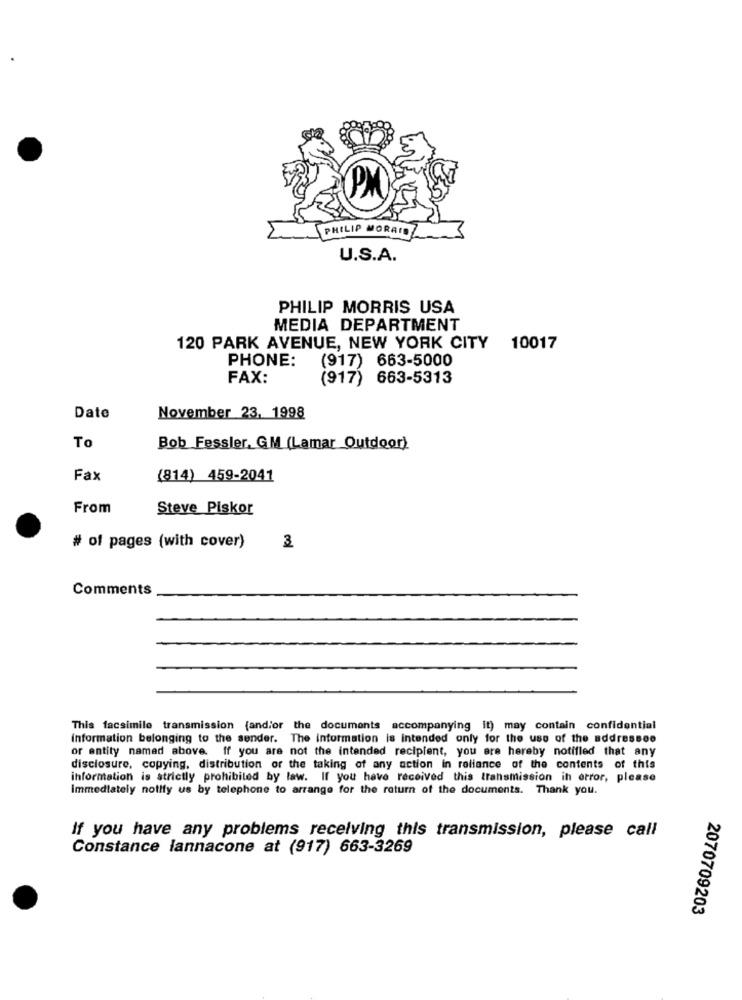
PM
PHILIP MORATO
U.S.A.
PHILIP MORRIS USA
MEDIA DEPARTMENT
120 PARK AVENUE, NEW YORK CITY
10017
PHONE:
(917) 663-5000
FAX:
(917) 663-5313
Date
November 23. 1998
To
Bob Fessler, GM (Lamar Outdoor)
Fax
(814) 459-2041
From
Steve Piskor
# of pages (with cover)
3
Comments
This facsimile transmission (and/or the documents accompanying it) may contain confidential
information belonging to the sender. The information is intended only for the use of the addressee
or entity named above. if you are not the intended recipient, you are hereby notified that any
disclosure, copying, distribution or the taking of any action in reliance of the contents of this
information is strictly prohibited by law. If you have received this transmission in error, please
Immediately notify us by telephone to arrange for the return of the documents. Thank you.
If you have any problems receiving this transmission, please call
Constance lannacone at (917) 663-3269
2070709203